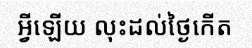
អ្វីឡើយ លុះដល់ថ្ងៃកើត